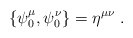
\begin{align*}\{\psi^{\mu}_0 , \psi^{\nu}_0 \} = \eta^{\mu \nu}\ .\end{align*}